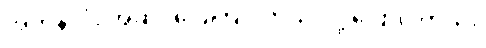
အကုန်လုံး အဆင်ပြေကြပါတယ် လို့ ပြောပါတယ်။